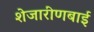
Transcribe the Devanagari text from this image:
शेजारीणबाई